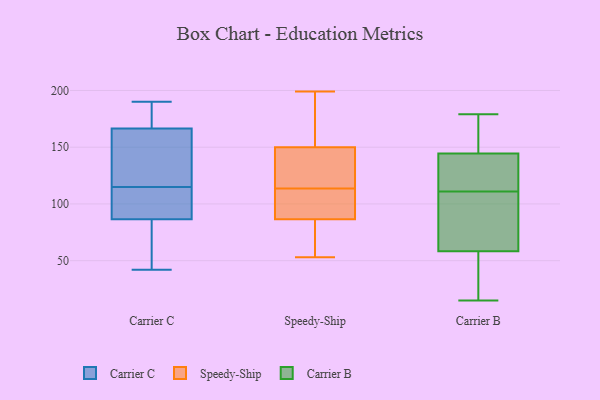
{"axis": {"x": "Tickets Resolved", "y": "Value"}, "legend": ["Carrier B", "Carrier C", "Speedy-Ship"], "data": [{"x": "", "y": 42, "type": "Carrier C"}, {"x": "", "y": 103, "type": "Carrier C"}, {"x": "", "y": 134, "type": "Carrier C"}, {"x": "", "y": 115, "type": "Carrier C"}, {"x": "", "y": 150, "type": "Carrier C"}, {"x": "", "y": 131, "type": "Carrier C"}, {"x": "", "y": 77, "type": "Carrier C"}, {"x": "", "y": 84, "type": "Carrier C"}, {"x": "", "y": 175, "type": "Carrier C"}, {"x": "", "y": 172, "type": "Carrier C"}, {"x": "", "y": 71, "type": "Carrier C"}, {"x": "", "y": 115, "type": "Carrier C"}, {"x": "", "y": 94, "type": "Carrier C"}, {"x": "", "y": 178, "type": "Carrier C"}, {"x": "", "y": 190, "type": "Carrier C"}, {"x": "", "y": 61, "type": "Speedy-Ship"}, {"x": "", "y": 76, "type": "Speedy-Ship"}, {"x": "", "y": 118, "type": "Speedy-Ship"}, {"x": "", "y": 130, "type": "Speedy-Ship"}, {"x": "", "y": 129, "type": "Speedy-Ship"}, {"x": "", "y": 170, "type": "Speedy-Ship"}, {"x": "", "y": 53, "type": "Speedy-Ship"}, {"x": "", "y": 97, "type": "Speedy-Ship"}, {"x": "", "y": 199, "type": "Speedy-Ship"}, {"x": "", "y": 119, "type": "Speedy-Ship"}, {"x": "", "y": 109, "type": "Speedy-Ship"}, {"x": "", "y": 59, "type": "Speedy-Ship"}, {"x": "", "y": 85, "type": "Speedy-Ship"}, {"x": "", "y": 97, "type": "Speedy-Ship"}, {"x": "", "y": 88, "type": "Speedy-Ship"}, {"x": "", "y": 90, "type": "Speedy-Ship"}, {"x": "", "y": 160, "type": "Speedy-Ship"}, {"x": "", "y": 161, "type": "Speedy-Ship"}, {"x": "", "y": 140, "type": "Speedy-Ship"}, {"x": "", "y": 169, "type": "Speedy-Ship"}, {"x": "", "y": 155, "type": "Carrier B"}, {"x": "", "y": 41, "type": "Carrier B"}, {"x": "", "y": 179, "type": "Carrier B"}, {"x": "", "y": 64, "type": "Carrier B"}, {"x": "", "y": 141, "type": "Carrier B"}, {"x": "", "y": 22, "type": "Carrier B"}, {"x": "", "y": 81, "type": "Carrier B"}, {"x": "", "y": 156, "type": "Carrier B"}, {"x": "", "y": 117, "type": "Carrier B"}, {"x": "", "y": 15, "type": "Carrier B"}, {"x": "", "y": 111, "type": "Carrier B"}, {"x": "", "y": 75, "type": "Carrier B"}, {"x": "", "y": 139, "type": "Carrier B"}]}